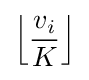
\left\lfloor {\frac {v_{i}}{K}}\right\rfloor